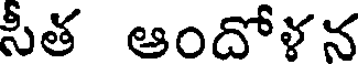
సీత ఆందోళన